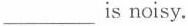
___is noisy.